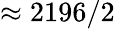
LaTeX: \approx 2196/2